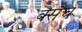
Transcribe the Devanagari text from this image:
क्संच